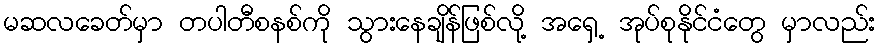
မဆလခေတ်မှာ တပါတီစနစ်ကို သွားနေချိန်ဖြစ်လို့ အရှေ့ အုပ်စုနိုင်ငံတွေ မှာလည်း